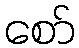
စော်